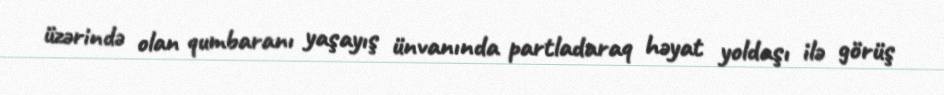
üzərində olan qumbaranı yaşayış ünvanında partladaraq həyat yoldaşı ilə görüş